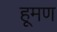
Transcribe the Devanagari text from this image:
हूमण